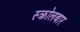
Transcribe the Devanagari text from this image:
स्क्रोलबार